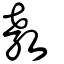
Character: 教